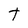
Character: T